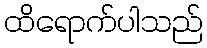
ထိရောက်ပါသည်